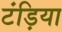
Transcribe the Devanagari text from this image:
टंड़िया